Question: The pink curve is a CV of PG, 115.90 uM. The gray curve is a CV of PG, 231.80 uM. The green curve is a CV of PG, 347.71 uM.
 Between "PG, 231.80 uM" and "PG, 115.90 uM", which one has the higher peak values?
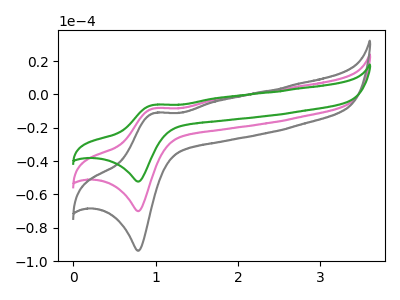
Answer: <think>The pink curve "PG, 115.90 uM" has an anodic peak at (1.00V, -8.35uA) and a cathodic peak at (0.80V, -70.05uA). The gray curve "PG, 231.80 uM" has an anodic peak at (1.00V, -11.20uA) and a cathodic peak at (0.80V, -93.85uA). The green curve "PG, 347.71 uM" has an anodic peak at (1.00V, -16.70uA) and a cathodic peak at (0.80V, -140.15uA).</think>
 <answer>The peaks in "PG, 231.80 uM" are neither all higher or all lower than the peaks in "PG, 115.90 uM".</answer>
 <eval>mixed</eval>